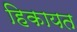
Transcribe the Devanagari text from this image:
हिकायत